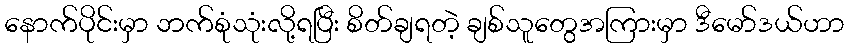
နောက်ပိုင်းမှာ ဘက်စုံသုံးလို့ရပြီး စိတ်ချရတဲ့ ချစ်သူတွေအကြားမှာ ဒီမော်ဒယ်ဟာ